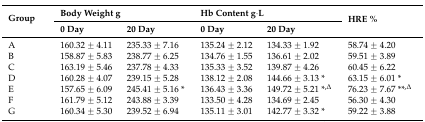
<table><thead><tr><td rowspan="2"><b>Group</b></td><td colspan="2"><b>Body Weight g</b></td><td colspan="2"><b>Hb Content g·L</b></td><td rowspan="2"><b>HRE %</b></td></tr><tr><td><b>0 Day</b></td><td><b>20 Day</b></td><td><b>0 Day</b></td><td><b>20 Day</b></td></tr></thead><tbody><tr><td>A</td><td>160.32 ± 4.11</td><td>235.33 ± 7.16</td><td>135.24 ± 2.12</td><td>134.33 ± 1.92</td><td>58.74 ± 4.20</td></tr><tr><td>B</td><td>158.87 ± 5.83</td><td>238.77 ± 6.25</td><td>134.76 ± 1.55</td><td>136.61 ± 2.02</td><td>59.51 ± 3.89</td></tr><tr><td>C</td><td>163.19 ± 5.46</td><td>237.78 ± 4.33</td><td>135.33 ± 3.52</td><td>139.87 ± 4.26</td><td>60.45 ± 6.22</td></tr><tr><td>D</td><td>160.28 ± 4.07</td><td>239.15 ± 5.28</td><td>138.12 ± 2.08</td><td>144.66 ± 3.13 *</td><td>63.15 ± 6.01 *</td></tr><tr><td>E</td><td>157.65 ± 6.09</td><td>245.41 ± 5.16 *</td><td>136.43 ± 3.36</td><td>149.72 ± 5.21 *<sup>,∆</sup></td><td>76.23 ± 7.67 **<sup>,∆</sup></td></tr><tr><td>F</td><td>161.79 ± 5.12</td><td>243.88 ± 3.39</td><td>133.50 ± 4.28</td><td>134.69 ± 2.45</td><td>56.30 ± 4.30</td></tr><tr><td>G</td><td>160.34 ± 5.30</td><td>239.52 ± 6.94</td><td>135.11 ± 3.01</td><td>142.77 ± 3.32 *</td><td>59.22 ± 3.88</td></tr></tbody></table>